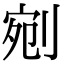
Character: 剜